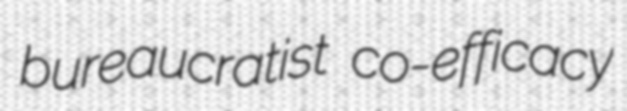
bureaucratist co-efficacy